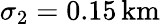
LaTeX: \sigma_{2}=0.15\, \mathrm{km}